Mental hospitals Bombay report 1921-28 - 1921-1928
Year: 1921
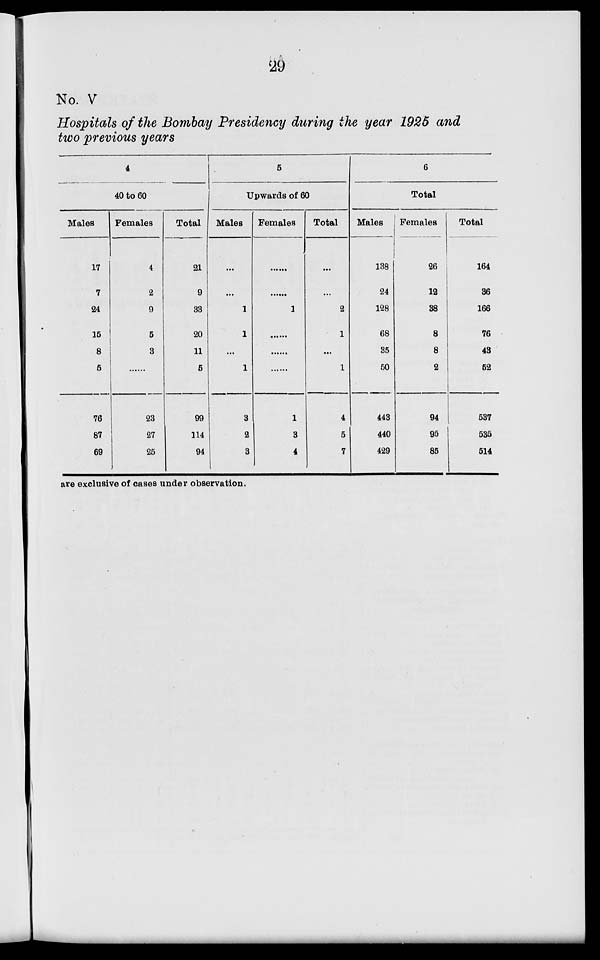
29
No. V
Hospitals of the Bombay Presidency during the year 1925 and
two previous years
4
40 to 60
Males
17
7
24
15
8
5
76
87
69
Females
4
2
9
5
3
...
23
27
25
Total
21
9
33
20
11
5
99
114
94
5
Upwards of 60
Males
...
...
1
1
...
1
3
2
3
Females
...
...
1
...
...
...
1
3
4
Total
...
...
2
1
...
1
4
5
7
6
Total
Males
138
24
128
68
35
50
443
440
429
Females
26
12
38
8
8
2
94
95
85
Total
164
36
166
76
43
52
537
535
514
are exclusive of cases under observation.